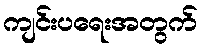
ကျင်းပရေးအတွက်